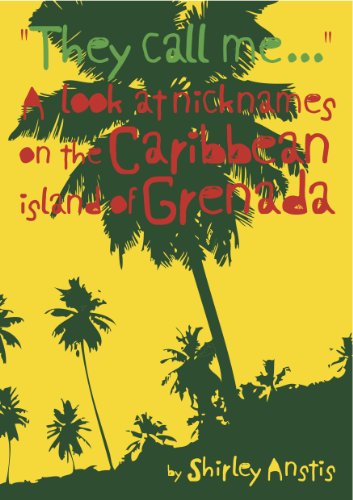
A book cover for They Call Me ... A look at nicknames on the Caribbean island of Grenada; Shirley Anstis; Travel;